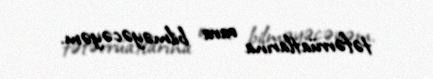
təfərrüatlarına vara bilməyəcəyəm.